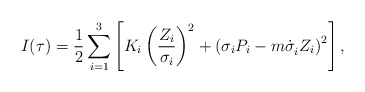
\begin{align*}I(\tau )=\frac 1{2}\sum_{i=1}^3\left[ K_i\left( \frac{Z_i}{\sigma _i}\right)^2+\left( \sigma _{i}P_i-m\dot{\sigma}_i^{}Z_i\right) ^2\right] ,\end{align*}